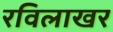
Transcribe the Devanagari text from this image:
रविलाखर